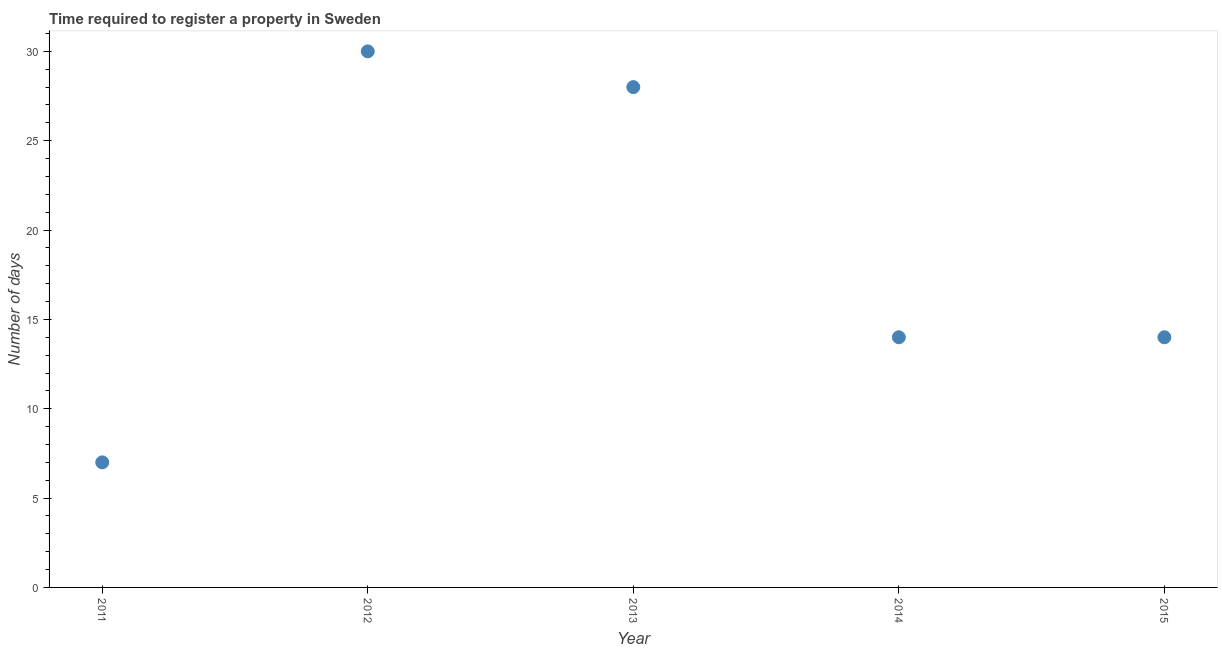
| Year | Register property |
 | --- | --- |
 | 2011 | 7 |
 | 2012 | 30 |
 | 2013 | 28 |
 | 2014 | 14 |
 | 2015 | 14 |